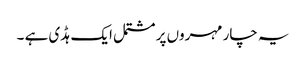
یہ چار مہروں پر مشتمل ایک ہڈی ہے ۔